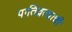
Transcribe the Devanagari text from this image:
पातिव्रत्याची